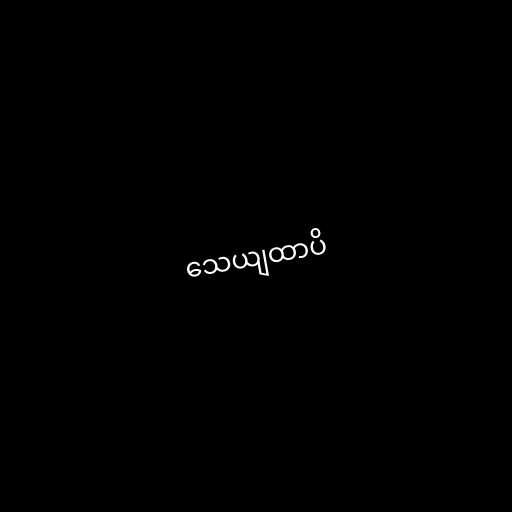
သေယျထာပိ